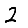
Digit: 2